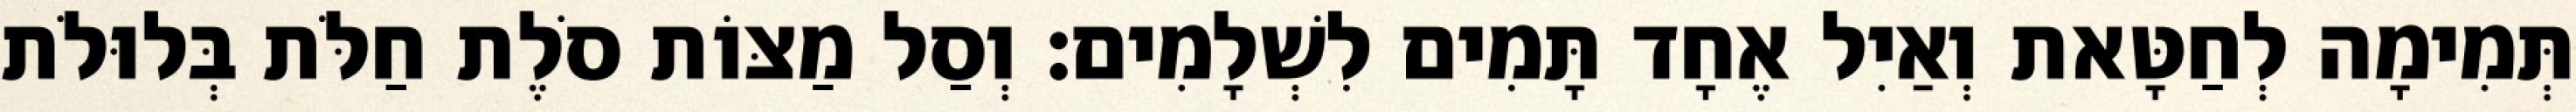
תְּמִימָה לְחַטָּאת וְאַיִל אֶחָד תָּמִים לִשְׁלָמִים׃ וְסַל מַצּוֹת סֹלֶת חַלֹּת בְּלוּלֹת